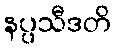
နပ္ပသီဒတိ